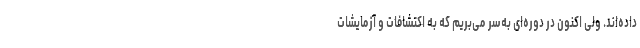
داده‌اند. ولی اکنون در دوره‌ای به‌سر می‌بریم که به اکتشافات و آزمایشات